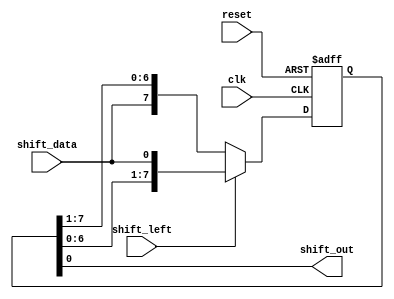
module siso_shift_register (
    input clk,
    input reset,
    input shift_left,
    input shift_data,
    output reg shift_out
);

reg [7:0] siso_register;

always @(posedge clk or posedge reset) begin
    if (reset) begin
        siso_register <= 8'b0;
    end else if (shift_left) begin
        siso_register <= {siso_register[6:0], shift_data};
    end else begin
        siso_register <= {shift_data, siso_register[7:1]};
    end
end

assign shift_out = siso_register[0];

endmodule